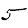
Digit: 5